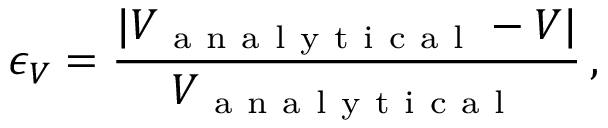
\epsilon _ { V } = \frac { | V _ { \mathrm { ~ a ~ n ~ a ~ l ~ y ~ t ~ i ~ c ~ a ~ l ~ } } - V | } { V _ { \mathrm { ~ a ~ n ~ a ~ l ~ y ~ t ~ i ~ c ~ a ~ l ~ } } } \, ,